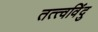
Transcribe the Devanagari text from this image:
तत्त्वविंदु